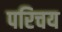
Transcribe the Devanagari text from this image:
परिचय